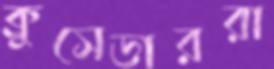
ক্রুসেডাররা